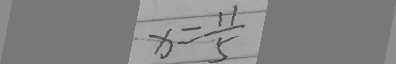
x = \frac { 1 1 } { 5 }